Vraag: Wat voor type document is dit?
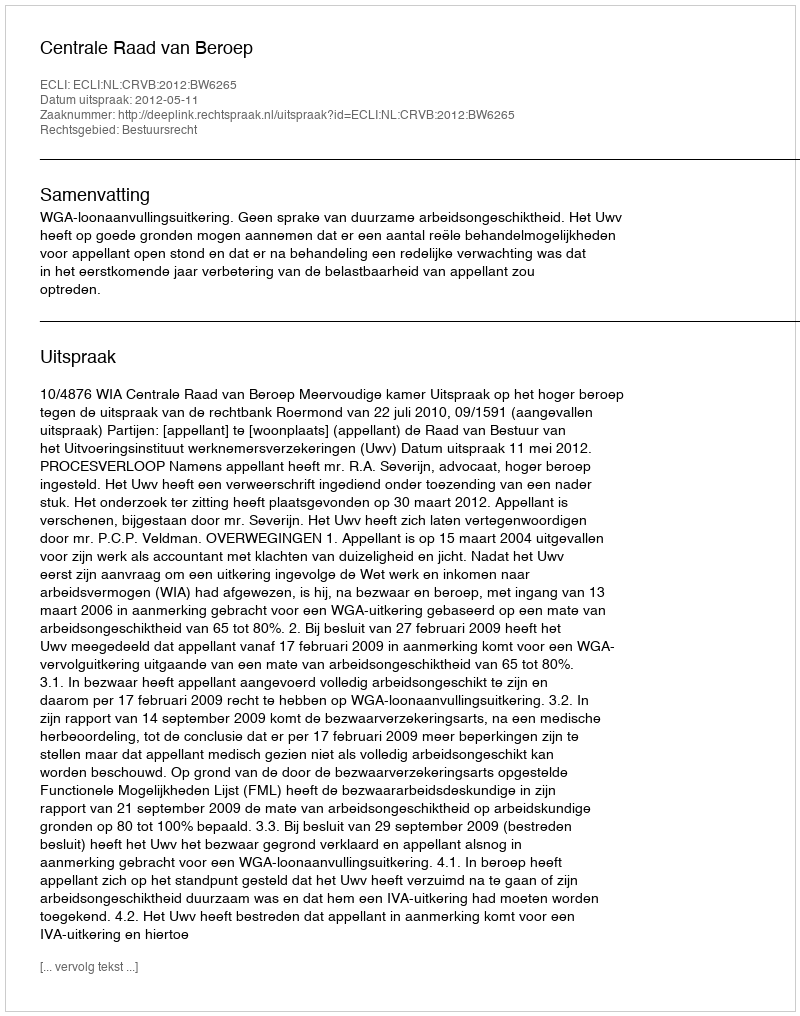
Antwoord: Uitspraak